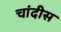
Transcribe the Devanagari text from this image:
चांदीस